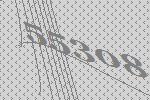
55308